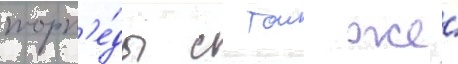
торп'е́ды с тои же́